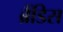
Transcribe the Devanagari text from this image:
ब्रैंडिस